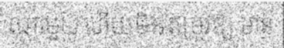
ណាមួយ ហើយមិនតម្រូវឱ្យ មាន